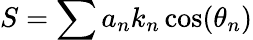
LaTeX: S=\sum a_{n}k_{n}\cos(\theta_{n})